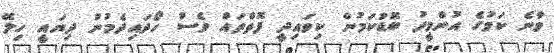
ވާނެ ކަމުގެ އުންމީދު ބޮޑުކަމުން ކިވައިދީ ފޮތްތައް ވެސް ހޯދައިދެމުން ދިޔައީ ހިލޭ